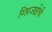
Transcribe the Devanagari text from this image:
गिरजाईची